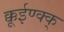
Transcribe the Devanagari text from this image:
क्कूईण्क्क्